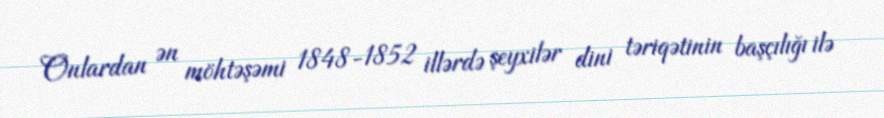
Onlardan ən möhtəşəmi 1848-1852 illərdə şeyxilər dini təriqətinin başçılığı ilə